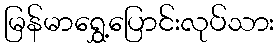
မြန်မာရွှေ့ပြောင်းလုပ်သား